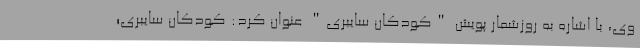
وی، با اشاره به روزشمار پویش "کودکان سایبری" عنوان کرد: کودکان سایبری؛